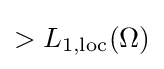
{\textstyle >L_{1,{\text{loc}}}(\Omega )}